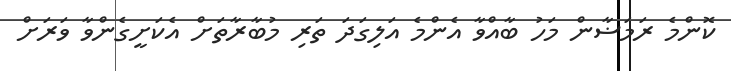
ކޮންމެ ރަމަޟާން މަހު ބާއްވާ އެންމެ އަލިގަދަ ތަރި މުބާރާތަށް އެކަށީގެންވާ ވަރަށް